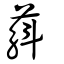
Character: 蔛